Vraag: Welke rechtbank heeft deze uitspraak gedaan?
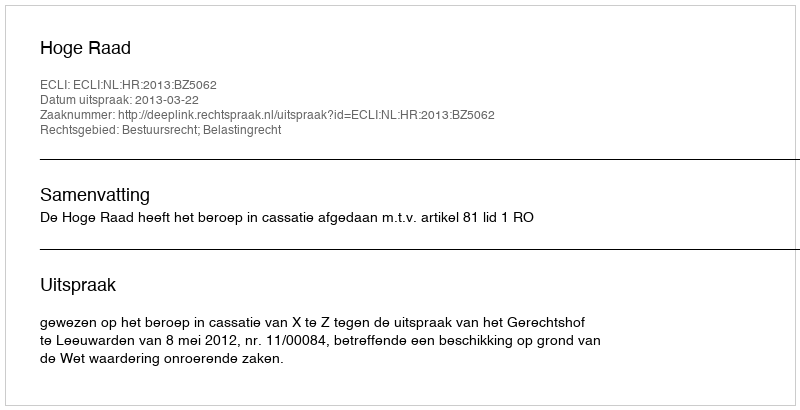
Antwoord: Hoge Raad